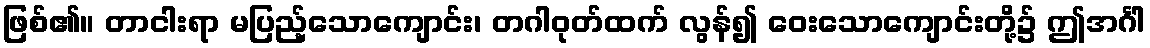
ဖြစ်၏။ တာငါးရာ မပြည့်သောကျောင်း၊ တဂါဝုတ်ထက် လွန်၍ ဝေးသောကျောင်းတို့၌ ဤအင်္ဂါ